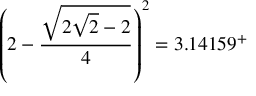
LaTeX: \left( 2 - { \frac { \sqrt { 2 { \sqrt { 2 } } - 2 } } { 4 } } \right) ^ { 2 } = 3 . 1 4 1 5 9 ^ { + }